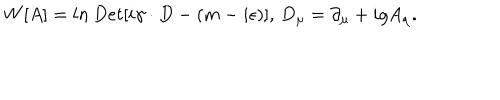
LaTeX: W [ A ] = l n \, D e t [ i \gamma \cdot D - ( m - i \epsilon ) ] , \, D _ { \mu } = \partial _ { \mu } + i g A _ { \mu } .